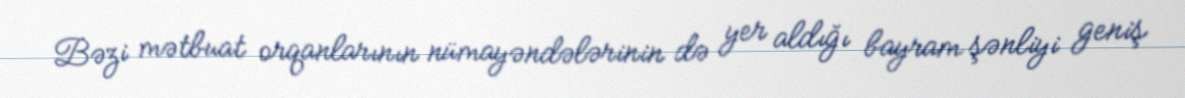
Bəzi mətbuat orqanlarının nümayəndələrinin də yer aldığı bayram şənliyi geniş